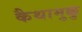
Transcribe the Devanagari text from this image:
कैथामुक्कु